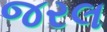
જરલ